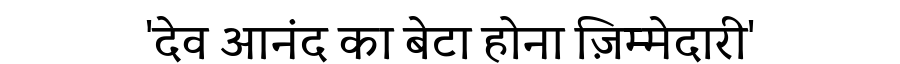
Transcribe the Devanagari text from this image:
'देव आनंद का बेटा होना ज़िम्मेदारी'